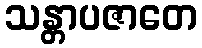
သန္တာပဇာတေ